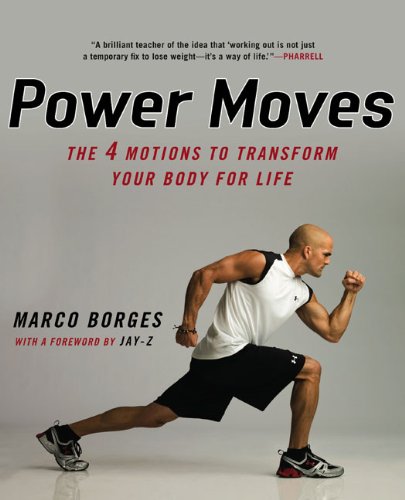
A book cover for Power Moves: The Four Motions to Transform Your Body for Life; Marco Borges; Health, Fitness & Dieting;